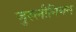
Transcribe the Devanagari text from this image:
जुस्लीनियन